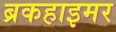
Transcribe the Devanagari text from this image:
ब्रकहाइमर